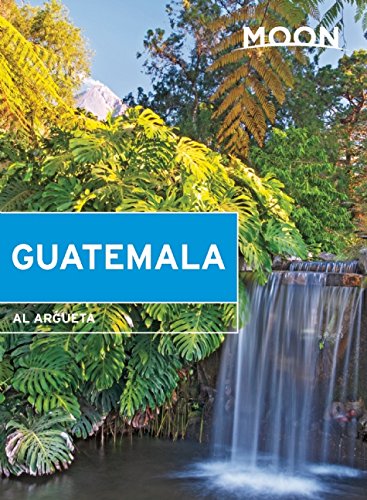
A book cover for Moon Guatemala (Moon Handbooks); Al Argueta; Travel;